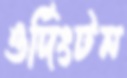
ওর্দিংটন